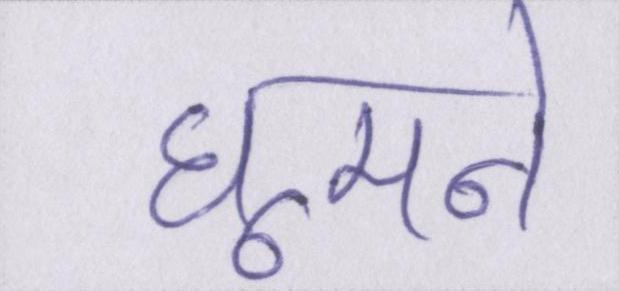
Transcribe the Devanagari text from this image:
घूमने